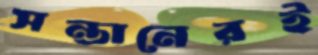
সন্তানেরই